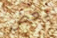
بعض